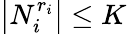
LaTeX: \big\vert N_{i}^{r_{i}}\big\vert\leq K